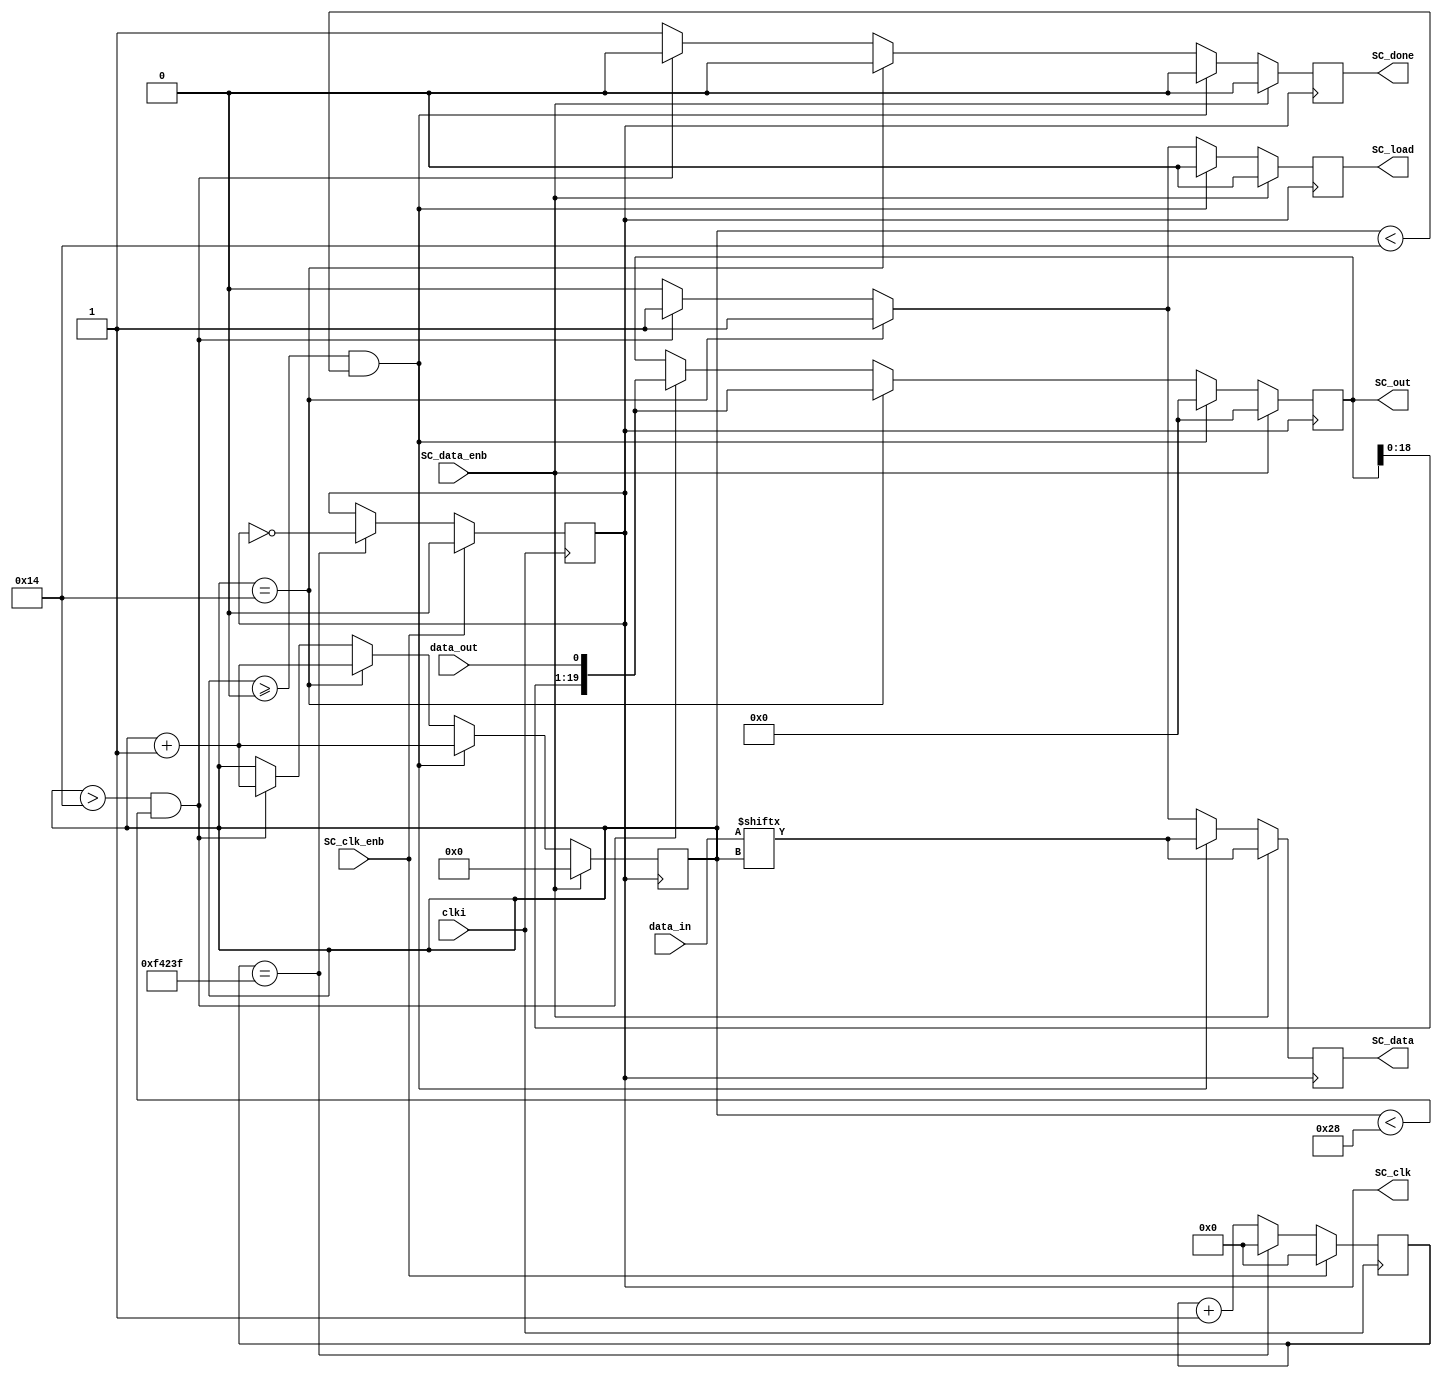
`timescale 1ns / 1ps
//////////////////////////////////////////////////////////////////////////////////
// Company: 
// Engineer: 
// 
// Design Name: 
// Module Name:    ScanChain_w_Load 
// Project Name: 
// Target Devices: 
// Tool versions: 
// Description: 
//
// Dependencies: 
//
// Revision: 
// Revision 0.01 - File Created
// Additional Comments: 
//
//////////////////////////////////////////////////////////////////////////////////
module ScanChain_w_Load(
    input wire clki,
     input wire SC_clk_enb,
     input wire SC_data_enb,
     input wire [19:0] data_in,         // s_in from Matlab to okHost
     input wire          data_out,      // s_out from chip to okHost
     output reg          SC_data,           // s_in from okHost to chip
     output reg          SC_load,
     output reg          SC_clk,
     output reg [19:0] SC_out,          // s_out from okHost to Matlab
     output reg SC_done
     );

// generate SC_clk
    parameter M = 2000000;      //SC_clk = 100/M MHz
    parameter data_leng = 20;
    reg [25:0] cnt;                 //frequency divider counter

    always @ (posedge clki) begin    // frequency divider : clki -> RDAC_clck (100MHz -> 100/M MHz)
        if(SC_clk_enb)   begin
                cnt <= 0;
                SC_clk <= 1'b0;
             end
        else begin
              if(cnt == M/2-1)  begin 
                SC_clk <= !SC_clk; 
                cnt <= 0;
              end
              else begin 
                SC_clk <= SC_clk;
                cnt <= cnt + 1; 
              end
        end
    end
    
// generate SC_data to DUT chip and receive data from chip
    reg [11:0] cnt_data;                        // serial data count
//  wire data_tmp = data_in[cnt_data];
    always @ (negedge SC_clk) begin     // shift-in data at negedge
        if(SC_data_enb) begin
                    cnt_data <= 0;
                    SC_data <= data_in[cnt_data];
                    SC_load <= 1'b0;
                    SC_out[19:0] <= 20'b0;
                    SC_done <= 1'b0;
        end
        else begin
            if (cnt_data >= 0  && cnt_data < data_leng) begin // scan in
                    cnt_data <= cnt_data + 1; 
                    SC_data <= data_in[cnt_data];
                    SC_load <= 1'b0;
                    SC_out[19:0] <= 20'b0;
                    SC_done <= 1'b0;
            end
            else if (cnt_data == data_leng) begin // trigger the load signal then scan out the 1st bit
                    cnt_data <= cnt_data +1; 
                    SC_data <= 1'b1;
                    SC_load <= 1'b1; 
                    SC_out[19:0] <= {SC_out[18:0],data_out};
                    SC_done <= 1'b0;
            end
            else if (cnt_data > data_leng && cnt_data < 2*data_leng) begin // scan out the rest 39 bits 
                    cnt_data <= cnt_data + 1;
                    SC_data <= 1'b1;
                    SC_load <= 1'b1; 
                    SC_out[19:0] <= {SC_out[18:0],data_out};
                    SC_done <= 1'b0;
            end
            else    begin // hold scan out
                    cnt_data <= cnt_data; 
                    SC_data <= 1'b0;
                    SC_load <= 1'b0;
                    SC_out[19:0] <= SC_out[19:0];
                    SC_done <= 1'b1;
            end
        end
    end

endmodule